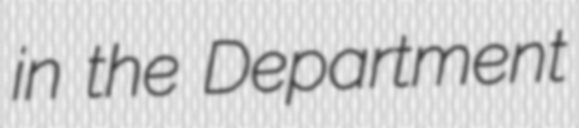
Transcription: in the Department